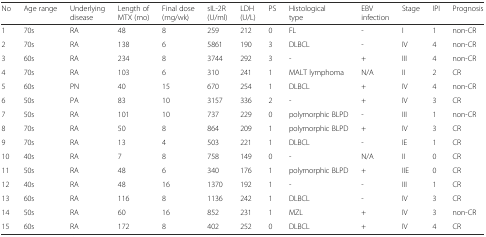
<table><thead><tr><td><b>No</b></td><td><b>Age range</b></td><td><b>Underlying disease</b></td><td><b>Length of MTX (mo)</b></td><td><b>Final dose (mg/wk)</b></td><td><b>sIL-2R (U/ml)</b></td><td><b>LDH (U/L)</b></td><td><b>PS</b></td><td><b>Histological type</b></td><td><b>EBV infection</b></td><td><b>Stage</b></td><td><b>IPI</b></td><td><b>Prognosis</b></td></tr></thead><tbody><tr><td>1</td><td>70s</td><td>RA</td><td>48</td><td>8</td><td>259</td><td>212</td><td>0</td><td>FL</td><td>-</td><td>I</td><td>1</td><td>non-CR</td></tr><tr><td>2</td><td>70s</td><td>RA</td><td>138</td><td>6</td><td>5861</td><td>190</td><td>3</td><td>DLBCL</td><td>-</td><td>IV</td><td>4</td><td>non-CR</td></tr><tr><td>3</td><td>60s</td><td>RA</td><td>234</td><td>8</td><td>3744</td><td>292</td><td>3</td><td>-</td><td>+</td><td>III</td><td>4</td><td>non-CR</td></tr><tr><td>4</td><td>70s</td><td>RA</td><td>103</td><td>6</td><td>310</td><td>241</td><td>1</td><td>MALT lymphoma</td><td>N/A</td><td>II</td><td>2</td><td>CR</td></tr><tr><td>5</td><td>60s</td><td>PN</td><td>40</td><td>15</td><td>670</td><td>254</td><td>1</td><td>DLBCL</td><td>+</td><td>IV</td><td>4</td><td>non-CR</td></tr><tr><td>6</td><td>50s</td><td>PA</td><td>83</td><td>10</td><td>3157</td><td>336</td><td>2</td><td>-</td><td>+</td><td>IV</td><td>3</td><td>CR</td></tr><tr><td>7</td><td>50s</td><td>RA</td><td>101</td><td>10</td><td>737</td><td>229</td><td>0</td><td>polymorphic BLPD</td><td>-</td><td>III</td><td>1</td><td>non-CR</td></tr><tr><td>8</td><td>70s</td><td>RA</td><td>50</td><td>8</td><td>864</td><td>209</td><td>1</td><td>polymorphic BLPD</td><td>+</td><td>IV</td><td>3</td><td>CR</td></tr><tr><td>9</td><td>70s</td><td>RA</td><td>13</td><td>4</td><td>503</td><td>221</td><td>1</td><td>DLBCL</td><td>-</td><td>IE</td><td>1</td><td>CR</td></tr><tr><td>10</td><td>40s</td><td>RA</td><td>7</td><td>8</td><td>758</td><td>149</td><td>0</td><td>-</td><td>N/A</td><td>II</td><td>0</td><td>CR</td></tr><tr><td>11</td><td>50s</td><td>RA</td><td>48</td><td>6</td><td>340</td><td>176</td><td>1</td><td>polymorphic BLPD</td><td>+</td><td>IIE</td><td>0</td><td>CR</td></tr><tr><td>12</td><td>40s</td><td>RA</td><td>48</td><td>16</td><td>1370</td><td>192</td><td>1</td><td>-</td><td>-</td><td>III</td><td>1</td><td>CR</td></tr><tr><td>13</td><td>60s</td><td>RA</td><td>116</td><td>8</td><td>1136</td><td>242</td><td>1</td><td>DLBCL</td><td>-</td><td>IV</td><td>3</td><td>CR</td></tr><tr><td>14</td><td>50s</td><td>RA</td><td>60</td><td>16</td><td>852</td><td>231</td><td>1</td><td>MZL</td><td>+</td><td>IV</td><td>3</td><td>non-CR</td></tr><tr><td>15</td><td>60s</td><td>RA</td><td>172</td><td>8</td><td>402</td><td>252</td><td>0</td><td>DLBCL</td><td>+</td><td>IV</td><td>4</td><td>CR</td></tr></tbody></table>